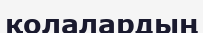
қолалардың